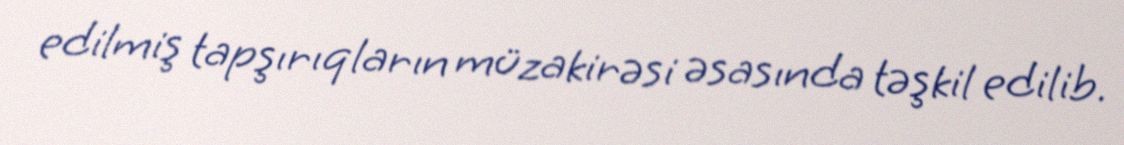
edilmiş tapşırıqların müzakirəsi əsasında təşkil edilib.